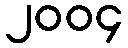
၂၀၀၄